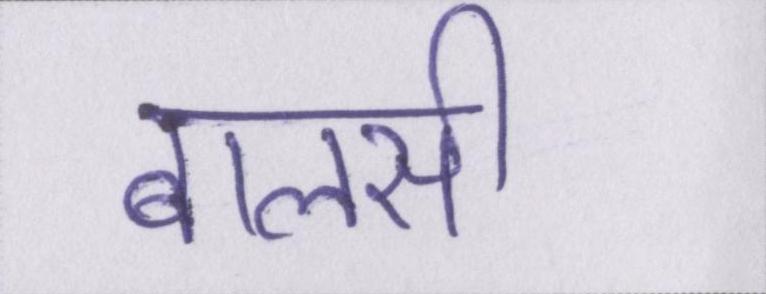
बालसी